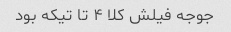
جوجه فیلش کلا ۴ تا تیکه بود